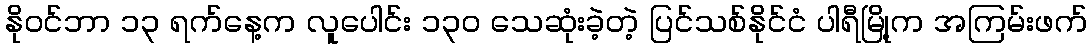
နိုဝင်ဘာ ၁၃ ရက်နေ့က လူပေါင်း ၁၃၀ သေဆုံးခဲ့တဲ့ ပြင်သစ်နိုင်ငံ ပါရီမြို့က အကြမ်းဖက်